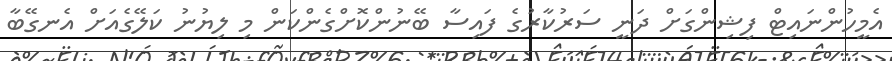
އެމީހުންނައިޓް ފިޝިންގަށް ދަނީ ސަރުކާރުގެ ފައިސާ ބޭނުންކޮށްގެންކަން މި ލިޔުނު ކަލޭގެއަށް އެނގޭބާ